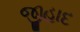
જીહાદ